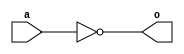
module F_not_1202212 #(parameter n=4)  (a,o);
input [n-1 : 0]a; 
output reg [n-1:0]o;



always @ (a)
begin 
o=~a; 
end
endmodule